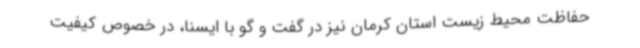
حفاظت محیط زیست استان کرمان نیز در گفت و گو با ایسنا، در خصوص کیفیت